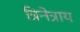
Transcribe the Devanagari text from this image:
त्रिनेत्राय